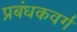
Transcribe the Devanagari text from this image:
प्रबंधकवर्ग